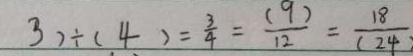
3 ) \div ( 4 ) = \frac { 3 } { 4 } = \frac { ( 9 ) } { 1 2 } = \frac { 1 8 } { ( 2 4 ) }